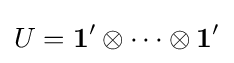
U={\mathbf {1} }'\otimes \dots \otimes {\mathbf {1} }'